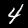
Digit: 4